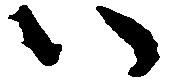
ハ